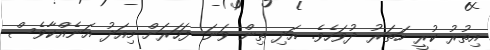
އިތުރު ކުރީ ހަތަރު ދުވަހެވެ. އަދި ތިން ވަނަ ފަހަރަށް މިއަދު އަނެއްކާވެސް